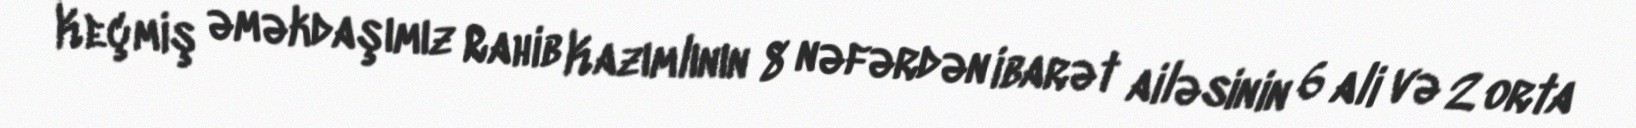
Keçmiş əməkdaşımız Rahib Kazımlının 8 nəfərdən ibarət ailəsinin 6 ali və 2 orta